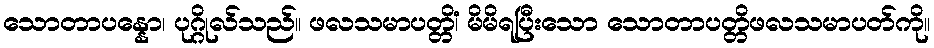
သောတာပန္နော၊ ပုဂ္ဂိုလ်သည်။ ဖလသမာပတ္တိံ၊ မိမိရပြီးသော သောတာပတ္တိဖလသမာပတ်ကို။